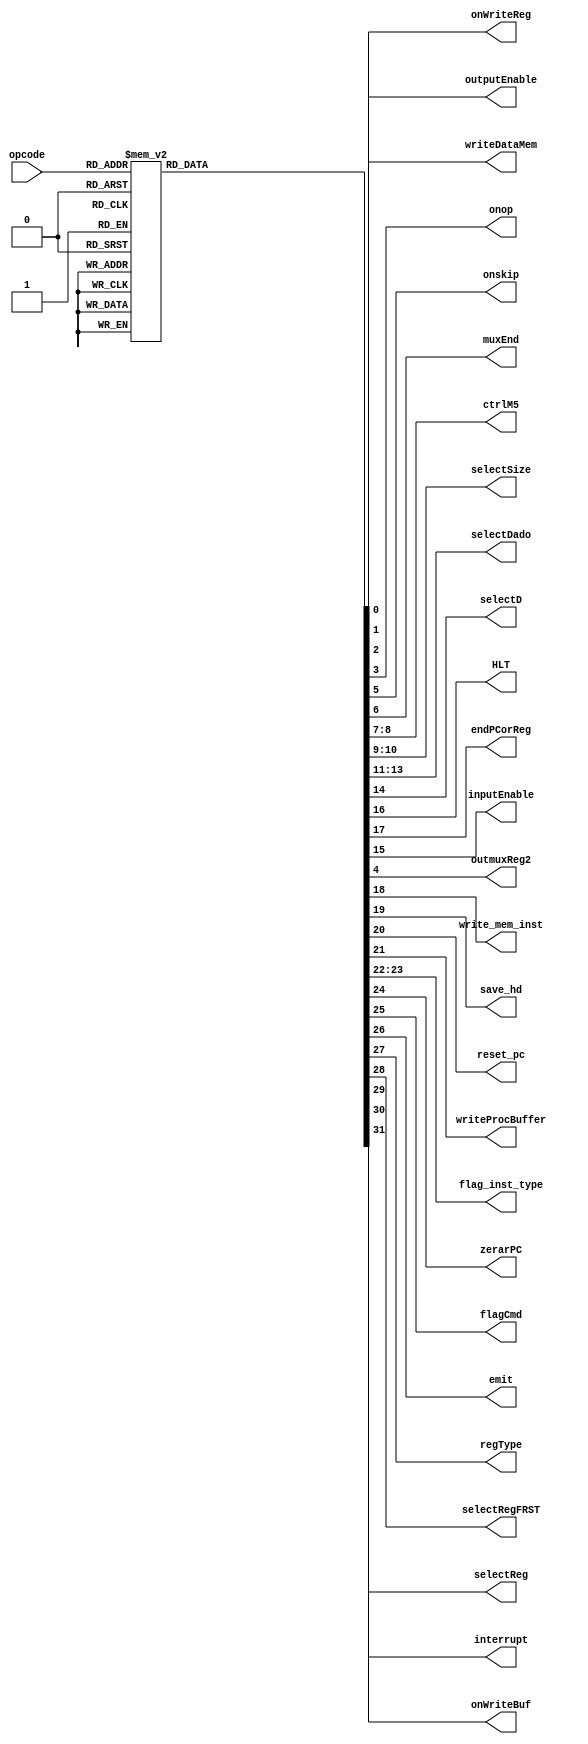
module UC (opcode, onWriteReg,  writeDataMem, outputEnable, onop, onskip, muxEnd,
ctrlM5, selectSize, selectDado, selectD, HLT, endPCorReg, inputEnable, outmuxReg2,write_mem_inst, save_hd,
reset_pc, writeProcBuffer, flag_inst_type, zerarPC, flagCmd, emit, regType, selectRegFRST, selectReg, onWriteBuf, interrupt);
input [5:0] opcode;
output reg onWriteReg, writeDataMem, outputEnable, onop, onskip, muxEnd, outmuxReg2;
output reg [1:0] ctrlM5, selectSize;
output reg [2:0] selectDado;
output reg selectD, HLT, endPCorReg, inputEnable, write_mem_inst,save_hd, reset_pc, writeProcBuffer ;
output reg [1:0] flag_inst_type;
output reg zerarPC, onWriteBuf; //zerar um pc auxiliar - quantum
output reg flagCmd, emit, regType, selectRegFRST, selectReg, interrupt;

parameter adc = 6'b0, sub = 6'b1, adci = 6'b10, subi = 6'b00011, storePage = 6'b100, loadPage = 6'b101, countPC = 6'b110,
lowo = 6'b00111, stwo = 6'b01000, loi = 6'b1001, mov = 6'b01010, insereInst = 6'b01011, sril = 6'b1100, jump = 6'b1101,
jmpr = 6'b01110, saveProc = 6'b01111, bneq = 6'b10000, blz = 6'b10001, slet = 6'b10010, sgrt = 6'b10011, in = 6'b10100,
out = 6'b10101, nop = 6'b10110, hlt = 6'b10111, mult = 6'b11000, multi = 6'b11001, jal = 6'b11010, div = 6'b11011,
copy = 6'b11100, storeRegister = 6'b011110 , loadRegister = 6'b011101, reset = 6'b11111, inCMD = 6'b100000, emitCMD = 6'b100001,
loi6bits = 6'b100010, savePC = 6'b100011, saveadd_buffer = 6'b100100, renameProg = 6'b100101, troca_contexto = 6'b100110, 
renameProgReg = 6'b100111, interrupCPC  = 6'b101000;

always @ (opcode) begin
	case (opcode)
		adc: begin
			onWriteReg = 1;
			writeDataMem = 0;
			outputEnable = 0;
			onop = 1;
			outmuxReg2 = 0;
			onskip = 0;
			muxEnd = 1;
			ctrlM5 = 2'b10;
			selectSize = 2'bx;
			selectDado = 0;
			selectD = 0;
			inputEnable = 0;
			HLT = 0;
			endPCorReg = 0;
			write_mem_inst= 0;
			save_hd = 0;
			reset_pc = 0;
			writeProcBuffer = 0;
			flag_inst_type = 2'b11;
			zerarPC = 0;
			flagCmd = 0;
			emit = 0;
			regType = 0;
			selectRegFRST = 0;
			selectReg = 0;
			onWriteBuf = 0;
			interrupt = 0;
		end
		sub:  begin
			onWriteReg = 1;
			writeDataMem = 0;
			outputEnable = 0;
			outmuxReg2 = 0;
			onop = 1;
			onskip = 0;
			muxEnd = 1;
			ctrlM5 = 2'b10;
			selectSize = 2'bx;
			selectDado = 0;
			inputEnable = 0;
			selectD = 0;
			HLT = 0;
			endPCorReg = 0;
			write_mem_inst= 0;
			save_hd = 0;
			reset_pc = 0;
			writeProcBuffer = 0;
			flag_inst_type = 2'b11;
			zerarPC = 0;
			flagCmd = 0;
			emit = 0;
			regType = 0;
			selectRegFRST = 0;
			selectReg = 0;
			onWriteBuf = 0;
			interrupt = 0;
			
		end
		adci:  begin
			onWriteReg = 1;
			writeDataMem = 0;
			outputEnable = 0;
			onop = 1;
			onskip = 0;
			outmuxReg2 = 0;
			muxEnd = 1;
			inputEnable = 0;
			ctrlM5 = 2'b01;
			selectSize = 2'b0;
			selectDado = 0;
			selectD = 1;
			HLT = 0;
			endPCorReg = 0;
			write_mem_inst= 0;
			save_hd = 0;
			reset_pc = 0;
			writeProcBuffer = 0;
			flag_inst_type = 2'b11;
			zerarPC = 0;
			flagCmd = 0;
			emit = 0;
			regType = 0;
			selectRegFRST = 0;
			selectReg = 0;
			onWriteBuf = 0;
			interrupt = 0;
		end
		subi:
		begin
			onWriteReg = 1;
			writeDataMem = 0;
			inputEnable = 0;
			outputEnable = 0;
			onop = 1;
			outmuxReg2 = 0;
			onskip = 0;
			muxEnd = 1;
			ctrlM5 = 2'b01;
			selectSize = 2'b0;
			selectDado = 0;
			selectD = 1;
			HLT = 0;
			endPCorReg = 0;
			write_mem_inst= 0;
			save_hd = 0;
			reset_pc = 0;
			writeProcBuffer = 0;
			flag_inst_type = 2'b11;
			zerarPC = 0;
			flagCmd = 0;
			emit = 0;
			regType = 0;
			selectRegFRST = 0;
			selectReg = 0;
			onWriteBuf = 0;
			interrupt = 0;
		end
		storePage: begin
			onWriteReg = 1;
			writeDataMem = 0;
			outputEnable = 0;
			onop = 1;
			onskip = 0;
			outmuxReg2 = 0;
			muxEnd = 1;
			ctrlM5 = 2'b10;
			inputEnable = 0;
			selectSize = 2'bx;
			selectDado = 0;
			selectD = 0;	
			writeProcBuffer = 0;
			HLT = 0;
			endPCorReg = 0;
			write_mem_inst= 0;
			save_hd = 0;
			reset_pc = 0;
			writeProcBuffer = 0;
			flag_inst_type = 2'b11;
			zerarPC = 0;
			flagCmd = 0;
			emit = 0;
			regType = 0;
			selectRegFRST = 0;
			selectReg = 0;
			onWriteBuf = 0;
			interrupt = 0;
		end
		loadPage:  begin
			onWriteReg = 1;
			writeDataMem = 0;
			outputEnable = 0;
			onop = 1;
			onskip = 0;
			inputEnable = 0;
			outmuxReg2 = 0;
			muxEnd = 1;
			ctrlM5 = 2'b10;
			selectSize = 2'bx;
			selectDado = 0;
			selectD = 0;
			HLT = 0;
			endPCorReg = 0;
			write_mem_inst= 0;
			save_hd = 0;
			reset_pc = 0;
			writeProcBuffer = 0;
			flag_inst_type = 2'b10;
			zerarPC = 0;
			flagCmd = 0;
			emit = 0;
			regType = 0;
			selectRegFRST = 0;
			selectReg = 0;		
		   onWriteBuf = 0;	
			interrupt = 0;
		end
	countPC: begin //na troca de contexto, lanar instrucao de countPC e fazer jr
			onWriteReg = 0;
			writeDataMem = 0;
			outputEnable = 0;
			onop = 0;
			outmuxReg2 = 0;
			onskip = 0;
			muxEnd = 1;
			ctrlM5 = 2'b01;
			selectSize = 2'bx;
			inputEnable = 0;
			selectDado = 0;
			selectD = 1'bx;
			HLT = 0;
			endPCorReg = 0;
			write_mem_inst= 0;
			save_hd = 0;
			reset_pc = 0;
			writeProcBuffer = 0;
			flag_inst_type = 2'b11;
			zerarPC = 1;
			flagCmd = 0;
			emit = 0;
			regType = 0;
			selectRegFRST = 0;
			selectReg = 0;	
			onWriteBuf = 0;
			interrupt = 0;
		end
		
	lowo: begin
			writeProcBuffer = 0;
			onWriteReg = 1;
			writeDataMem = 0;
			outputEnable = 0;
			onop = 1;
			onskip = 0;
			inputEnable = 0;
			outmuxReg2 = 1;
			muxEnd = 1;
			ctrlM5 = 2'b10;
			selectSize = 2'b0;
			selectDado = 3'b10;
			selectD = 0;
			HLT = 0;
			endPCorReg = 0;
			write_mem_inst= 0;
			save_hd = 0;
			reset_pc = 0;
			writeProcBuffer = 0;
			flag_inst_type = 2'b11;
			zerarPC = 0;
			flagCmd = 0;
			emit = 0;
			regType = 0;
			selectRegFRST = 0;
			selectReg = 0;	
			onWriteBuf = 0;
			interrupt = 0;
		end
		stwo: begin
			onWriteReg = 0;
			writeDataMem = 1;
			outputEnable = 0;
			onop = 1;
			onskip = 0;
			outmuxReg2 = 1;
			inputEnable = 0;
			muxEnd = 1;
			ctrlM5 = 2'bx;
			selectSize = 2'b0;
			selectDado = 2'bx;
			selectD = 0;
			HLT = 0;
			endPCorReg = 0;
			write_mem_inst= 0;
			save_hd = 0;
			reset_pc = 0;
			writeProcBuffer = 0;
			flag_inst_type = 2'b11;
			zerarPC = 0;
			flagCmd = 0;
			emit = 0;
			regType = 0;
			selectRegFRST = 0;
			selectReg = 0;	
			onWriteBuf = 0;
			interrupt = 0;
		end
		loi: begin
			onWriteReg = 1;
			writeDataMem = 0;
			outputEnable = 0;
			onop = 0;
			onskip = 0;
			outmuxReg2 = 0;
			inputEnable = 0;
			muxEnd = 1;
			ctrlM5 = 0;
			selectSize = 2'b01;
			selectDado = 3'b11;
			selectD = 1'bx;
			HLT = 0;
			endPCorReg = 0;
			write_mem_inst= 0;
			save_hd = 0;
			reset_pc = 0;
			writeProcBuffer = 0;
			flag_inst_type = 2'b11;
			zerarPC = 0;
			flagCmd = 0;
			emit = 0;
			regType = 0;
			selectRegFRST = 0;
			selectReg = 0;	
			onWriteBuf = 0;
			interrupt = 0;
		end
		mov: begin
			onWriteReg = 1;
			writeDataMem = 0;
			outputEnable = 0;
			outmuxReg2 = 0;
			onop = 0;
			onskip = 0;
			muxEnd = 1;
			inputEnable = 0;
			ctrlM5 = 2'b01;
			selectSize = 2'bx;
			selectDado = 3'b01;
			selectD = 1'bx;
			HLT = 0;
			endPCorReg = 0;
			write_mem_inst= 0;
			save_hd = 0;
			reset_pc = 0;
			writeProcBuffer = 0;
			flag_inst_type = 2'b11;
			zerarPC = 0;
			flagCmd = 0;
			emit = 0;
			regType = 0;
			selectRegFRST = 0;
			selectReg = 0;	
			onWriteBuf = 0;
			interrupt = 0;
		end
		insereInst: begin
			onWriteReg = 1;
			writeDataMem = 0;
			outputEnable = 0;
			onop = 1;
			onskip = 0;
			outmuxReg2 = 0;
			muxEnd = 1;
			ctrlM5 = 2'b01;
			inputEnable = 0;
			selectSize = 2'b0;
			selectDado = 0;
			selectD = 1;
			HLT = 0;
			endPCorReg = 0;
			write_mem_inst= 0;
			save_hd = 0;
			reset_pc = 0;
			writeProcBuffer = 0;
			flag_inst_type = 2'b11;
			zerarPC = 0;
			flagCmd = 0;
			emit = 0;
			regType = 0;
			selectRegFRST = 0;
			selectReg = 0;	
			onWriteBuf = 0;
			interrupt = 0;
		end
		sril: begin
			onWriteReg = 1;
			writeDataMem = 0;
			outputEnable = 0;
			onop = 1;
			onskip = 0;
			muxEnd = 1;
			inputEnable = 0;
			outmuxReg2 = 0;
			ctrlM5 = 1;
			selectSize = 2'b0;
			selectDado = 0;
			selectD = 1;
			HLT = 0;
			endPCorReg = 0;
			write_mem_inst= 0;
			save_hd = 0;
			reset_pc = 0;
			writeProcBuffer = 0;
			flag_inst_type = 2'b11;
			zerarPC = 0;
			flagCmd = 0;
			emit = 0;
			regType = 0;
			selectRegFRST = 0;
			selectReg = 0;	
			onWriteBuf = 0;
			interrupt = 0;
		end
		jump: begin
			onWriteReg = 0;
			writeDataMem = 0;
			outputEnable = 0;
			outmuxReg2 = 0;
			inputEnable = 0;
			onop = 0;
			onskip = 1;
			muxEnd = 0;
			ctrlM5 = 2'bx;
			selectSize = 2'bx;
			selectDado = 3'bx;
			selectD = 1'bx;
			HLT = 0;
			endPCorReg = 0;
			write_mem_inst= 0;
			save_hd = 0;
			reset_pc = 0;
			writeProcBuffer = 0;
			flag_inst_type = 2'b11;
			zerarPC = 0;
			flagCmd = 0;
			emit = 0;
			regType = 0;
			selectRegFRST = 0;
			selectReg = 0;	
			onWriteBuf = 0;
			interrupt = 0;
		end
		jmpr: begin
			onWriteReg = 0;
			writeDataMem = 0;
			outputEnable = 0;
			onop = 0;
			onskip = 1;
			muxEnd = 0;
			outmuxReg2 = 0;
			ctrlM5 = 0;
			selectSize = 0;
			selectDado = 0;
			selectD = 0;
			inputEnable = 0;
			HLT = 0;
			endPCorReg = 1;
			write_mem_inst= 0;
			save_hd = 0;
			reset_pc = 0;
			writeProcBuffer = 0;
			flag_inst_type = 2'b11;
			zerarPC = 0;
			flagCmd = 0;
			emit = 0;
			regType = 0;
			selectRegFRST = 0;
			selectReg = 0;	
			onWriteBuf = 0;
			interrupt = 0;
		end
		saveProc: begin
			onWriteReg = 0;
			writeDataMem = 0;
			outputEnable = 0;
			onop = 0;
			outmuxReg2 = 0;
			onskip = 0;
			muxEnd = 0;
			ctrlM5 = 2'bx;
			inputEnable = 0;
			selectSize = 2'bx;
			selectDado = 2'bx;
			selectD = 0;
			HLT = 0;
			endPCorReg = 0;
			write_mem_inst= 0;
			save_hd = 0;
			reset_pc = 0;
			writeProcBuffer = 1;
			flag_inst_type = 2'b11;
			zerarPC = 0;
			flagCmd = 0;
			emit = 0;
			regType = 0;
			selectRegFRST = 0;
			selectReg = 0;	
			onWriteBuf = 0;
			interrupt = 0;
		end
		bneq: begin
			onWriteReg = 0;
			writeDataMem = 0;
			outputEnable = 0;
			outmuxReg2 = 0;
			onop = 1;
			onskip = 1;
			muxEnd = 0;
			ctrlM5 = 2'bx;
			inputEnable = 0;
			selectSize = 2'bx;
			selectDado = 2'bx;
			selectD = 0;
			HLT = 0;
			endPCorReg = 0;
			write_mem_inst= 0;
			save_hd = 0;
			reset_pc = 0;
			writeProcBuffer = 0;
			flag_inst_type = 2'b11;
			zerarPC = 0;
			flagCmd = 0;
			emit = 0;
			regType = 0;
			selectRegFRST = 0;
			selectReg = 0;	
			onWriteBuf = 0;
			interrupt = 0;
		end
		blz: begin
			onWriteReg = 0;
			writeDataMem = 0;
			outputEnable = 0;
			onop = 1;
			outmuxReg2 = 0;
			inputEnable = 0;
			onskip = 1;
			muxEnd = 0;
			ctrlM5 = 2'bx;
			selectSize = 2'bx;
			selectDado = 2'bx;
			selectD = 1'bx;
			HLT = 0;
			endPCorReg = 0;
			write_mem_inst= 0;
			save_hd = 0;
			reset_pc = 0;
			writeProcBuffer = 0;
			flag_inst_type = 2'b11;
			zerarPC = 0;
			flagCmd = 0;
			emit = 0;
			regType = 0;
			selectRegFRST = 0;
			selectReg = 0;	
			onWriteBuf = 0;
			interrupt = 0;
		end
		slet: begin
			onWriteReg = 1;
			writeDataMem = 0;
			outputEnable = 0;
			onop = 1;
			inputEnable = 0;
			outmuxReg2 = 0;
			onskip = 0;
			muxEnd = 1;
			ctrlM5 = 2'b10;
			selectSize = 2'bx;
			selectDado = 0;
			selectD = 0;
			HLT = 0;
			endPCorReg = 0;
			write_mem_inst= 0;
			save_hd = 0;
			reset_pc = 0;
			writeProcBuffer = 0;
			flag_inst_type = 2'b11;
			zerarPC = 0;
			flagCmd = 0;
			emit = 0;
			regType = 0;
			selectRegFRST = 0;
			selectReg = 0;	
			onWriteBuf = 0;
			interrupt = 0;
		end
		sgrt: begin
			onWriteReg = 1;
			writeDataMem = 0;
			outputEnable = 0;
			onop = 1;
			inputEnable = 0;
			onskip = 0;
			outmuxReg2 = 0;
			muxEnd = 1;
			ctrlM5 = 2'b10;
			selectSize = 2'bx;
			selectDado = 0;
			selectD = 0;
			HLT = 0;
			endPCorReg = 0;
			write_mem_inst= 0;
			save_hd = 0;
			reset_pc = 0;
			writeProcBuffer = 0;
			flag_inst_type = 2'b11;
			zerarPC = 0;
			flagCmd = 0;
			emit = 0;
			regType = 0;
			selectRegFRST = 0;
			selectReg = 0;	
			onWriteBuf = 0;
			interrupt = 0;
		end
		in: begin
			onWriteReg = 1;
			writeDataMem = 0;
			outputEnable = 0;
			inputEnable = 1;
			onop = 0;
			onskip = 0;
			muxEnd = 1;
			outmuxReg2 = 0;
			ctrlM5 = 2'b0;
			selectSize = 2'b11;
			selectDado = 3'b11;
			selectD = 1;
			HLT = 1;
			endPCorReg = 0;
			write_mem_inst= 0;
			save_hd = 0;
			reset_pc = 0;
			writeProcBuffer = 0;
			flag_inst_type = 2'b11;
			zerarPC = 0;
			flagCmd = 0;
			emit = 0;
			regType = 0;
			selectRegFRST = 0;
			selectReg = 0;	
			onWriteBuf = 0;
			interrupt = 0;
		end
		out: begin
			onWriteReg = 0;
			writeDataMem = 0;
			outputEnable = 1;
			outmuxReg2 = 0;
			onop = 0;
			onskip = 0;
			muxEnd = 1;
			ctrlM5 = 2'bx;
			selectSize = 2'bx;
			inputEnable = 0;
			selectDado = 3'bx;
			selectD = 1'bx;
			HLT = 1;
			endPCorReg = 0;
			write_mem_inst= 0;
			save_hd = 0;
			reset_pc = 0;
			writeProcBuffer = 0;
			flag_inst_type = 2'b11;
			zerarPC = 0;
			flagCmd = 0;
			emit = 0;
			regType = 0;
			selectRegFRST = 0;
			selectReg = 0;	
			onWriteBuf = 0;
			interrupt = 0;
		end
		nop:
		begin
			onWriteReg = 0;
			writeDataMem = 0;
			inputEnable = 0;
			outmuxReg2 = 0;
			outputEnable = 0;
			onop = 0;
			onskip = 0;
			muxEnd = 1;
			ctrlM5 = 0;
			selectSize = 2'b0;
			selectDado = 0;
			selectD = 0;
			HLT = 0;
			endPCorReg = 0;
			write_mem_inst= 0;
			save_hd = 0;
			reset_pc = 0;
			writeProcBuffer = 0;
			flag_inst_type = 2'b11;
			zerarPC = 0;
			flagCmd = 0;
			emit = 0;
			regType = 0;
			selectRegFRST = 0;
			selectReg = 0;	
			onWriteBuf = 0;
			interrupt = 0;
		end
		hlt: begin
			onWriteReg = 0;
			writeDataMem = 0;
			outputEnable = 0;
			onop = 0;
			outmuxReg2 = 0;
			onskip = 0;
			muxEnd = 1;
			inputEnable = 0;
			ctrlM5 = 2'bx;
			selectSize = 2'bx;
			selectDado = 2'bx;
			selectD = 1'bx;
			HLT = 1;
			endPCorReg = 0;
			write_mem_inst= 0;
			save_hd = 0;
			reset_pc = 0;
			writeProcBuffer = 0;
			flag_inst_type = 2'b11;
			zerarPC = 0;
			flagCmd = 0;
			emit = 0;
			regType = 0;
			selectRegFRST = 0;
			selectReg = 0;	
			onWriteBuf = 0;
			interrupt = 0;
		end
		mult: begin
			onWriteReg = 1;
			writeDataMem = 0;
			outputEnable = 0;
			onop = 1;
			onskip = 0;
			muxEnd = 1;
			outmuxReg2 = 0;
			ctrlM5 = 2'b10;
			selectSize = 2'bx;
			inputEnable = 0;
			selectDado = 0;
			selectD = 0;
			HLT = 0;
			endPCorReg = 0;
			write_mem_inst= 0;
			save_hd = 0;
			reset_pc = 0;
			writeProcBuffer = 0;
			flag_inst_type = 2'b11;
			zerarPC = 0;
			flagCmd = 0;
			emit = 0;
			regType = 0;
			selectRegFRST = 0;
			selectReg = 0;	
			onWriteBuf = 0;
			interrupt = 0;
		end
			multi: begin
			onWriteReg = 1;
			writeDataMem = 0;
			inputEnable = 0;
			outputEnable = 0;
			onop = 1;
			onskip = 0;
			muxEnd = 1;
			ctrlM5 = 2'b01;
			outmuxReg2 = 0;
			selectSize = 2'b0;
			selectDado = 0;
			selectD = 1;
			HLT = 0;
			endPCorReg = 0;
			write_mem_inst= 0;
			save_hd = 0;
			reset_pc = 0;
			writeProcBuffer = 0;
			flag_inst_type = 3'b11;
			zerarPC = 0;
			flagCmd = 0;
			emit = 0;
			regType = 0;
			selectRegFRST = 0;
			selectReg = 0;	
			onWriteBuf = 0;
			interrupt = 0;
			end

			jal: begin
			onWriteReg = 1;
			writeDataMem = 0;
			outputEnable = 0;
			onop = 0;
			onskip = 1;
			muxEnd = 0;
			ctrlM5 = 2'b00;
			selectSize = 2'b10;
			outmuxReg2 = 0;
			inputEnable = 0;
			selectDado = 3'b11;
			selectD = 1'bx;
			HLT = 0;
			endPCorReg = 0;
			write_mem_inst= 0;
			save_hd = 0;
			reset_pc = 0;
			writeProcBuffer = 0;
			flag_inst_type = 2'b11;
			zerarPC = 0;
			flagCmd = 0;
			emit = 0;
			regType = 0;
			selectRegFRST = 0;
			selectReg = 0;	
			onWriteBuf = 0;
			interrupt = 0;
		end

		div: begin
			onWriteReg = 1;
			writeDataMem = 0;
			outputEnable = 0;
			onop = 1;
			onskip = 0;
			muxEnd = 1;
			outmuxReg2 = 0;
			ctrlM5 = 2'b10;
			selectSize = 2'bx;
			inputEnable = 0;
			selectDado = 0;
			selectD = 0;
			HLT = 0;
			endPCorReg = 0;
			write_mem_inst= 0;
			save_hd = 0;
			reset_pc = 0;
			writeProcBuffer = 0;
			flag_inst_type = 2'b11;
			zerarPC = 0;
			flagCmd = 0;
			emit = 0;
			regType = 0;
			selectRegFRST = 0;
			selectReg = 0;	
			onWriteBuf = 0;
			interrupt = 0;
		end

		copy: begin
			onWriteReg = 0;
			writeDataMem = 0;
			outputEnable = 0;
			onop = 0;
			onskip = 0;
			muxEnd = 1;
			outmuxReg2 = 0;
			ctrlM5 = 2'b10;
			selectSize = 2'bx;
			inputEnable = 0;
			selectDado = 0;
			selectD = 0;
			HLT = 0;
			endPCorReg = 0;
			write_mem_inst= 1;
			save_hd = 0;
			reset_pc = 0;
			writeProcBuffer = 0;
			flag_inst_type = 2'b0;
			zerarPC = 0;
			flagCmd = 0;
			emit = 0;
			regType = 0;
			selectRegFRST = 0;
			selectReg = 0;	
			onWriteBuf = 0;
			interrupt = 0;
		end

		storeRegister: begin
			onWriteReg = 0;
			writeDataMem = 0;
			outputEnable = 0;
			onop = 0;
			onskip = 0;
			muxEnd = 1;
			outmuxReg2 = 0;
			ctrlM5 = 2'b10;
			selectSize = 2'bx;
			inputEnable = 0;
			selectDado = 0;
			selectD = 0;
			HLT = 0;
			endPCorReg = 0;
			write_mem_inst= 0;
			save_hd = 1;
			reset_pc = 0;
			writeProcBuffer = 0;
			flag_inst_type = 2'b1;
			zerarPC = 0;
			flagCmd = 0;
			emit = 0;
			regType = 0;
			selectRegFRST = 1;
			selectReg = 0;	
			onWriteBuf = 0;
			interrupt = 0;
		end
		
		loadRegister: begin
			onWriteReg = 1;
			writeDataMem = 0;
			outputEnable = 0;
			onop = 0;
			onskip = 0;
			muxEnd = 1;
			outmuxReg2 = 0;
			ctrlM5 = 2'b11;
			selectSize = 2'bx;
			inputEnable = 0;
			selectDado = 3'b100;
			selectD = 0;
			HLT = 0;
			endPCorReg = 0;
			write_mem_inst= 0;
			save_hd = 0;
			reset_pc = 0;
			writeProcBuffer = 0;
			flag_inst_type = 2'b1;
			zerarPC = 0;
			flagCmd = 0;
			emit = 0;
			regType = 0;
			selectRegFRST = 1;
			selectReg = 0;	
			onWriteBuf = 0;
			interrupt = 0;
		end
		
		reset: begin
			onWriteReg = 0;
			writeDataMem = 0;
			outputEnable = 0;
			onop = 0;
			onskip = 0;
			muxEnd = 1;
			outmuxReg2 = 0;
			ctrlM5 = 2'b10;
			selectSize = 2'bx;
			inputEnable = 0;
			selectDado = 0;
			selectD = 0;
			HLT = 0;
			endPCorReg = 0;
			write_mem_inst= 0;
			save_hd = 0;
			reset_pc = 1;
			writeProcBuffer = 0;
			flag_inst_type = 2'b11;
			zerarPC = 0;
			flagCmd = 0;
			emit = 0;
			regType = 0;
			selectRegFRST = 0;
			selectReg = 0;	
			onWriteBuf = 0;
			interrupt = 0;
		end
		inCMD: begin
			onWriteReg = 1;
			writeDataMem = 0;
			outputEnable = 0;
			onop = 0;
			onskip = 0;
			muxEnd = 1;
			outmuxReg2 = 0;
			ctrlM5 = 2'b10;
			selectSize = 2'b11;
			inputEnable = 1;
			selectDado = 3'b11;
			selectD = 1;
			HLT = 1;
			endPCorReg = 0;
			write_mem_inst= 0;
			save_hd = 0;
			reset_pc = 0;
			writeProcBuffer = 0;
			flag_inst_type = 2'b11;
			zerarPC = 0;
			flagCmd = 1;
			emit = 0;
			regType = 0;
			selectRegFRST = 0;
			selectReg = 0;	
			onWriteBuf = 0;
			interrupt = 0;
		end
		emitCMD: begin
			onWriteReg = 0;
			writeDataMem = 0;
			outputEnable = 0;
			onop = 0;
			onskip = 0;
			muxEnd = 1;
			outmuxReg2 = 0;
			ctrlM5 = 2'b10;
			selectSize = 2'bx;
			inputEnable = 0;
			selectDado = 0;
			selectD = 0;
			HLT = 0;
			endPCorReg = 0;
			write_mem_inst= 0;
			save_hd = 0;
			reset_pc = 0;
			writeProcBuffer = 0;
			flag_inst_type = 2'b11;
			zerarPC = 0;
			flagCmd = 0;
			emit = 1;
			regType = 0;
			selectRegFRST = 0;
			selectReg = 0;	
			onWriteBuf = 0;
			interrupt = 0;
		end
		
		loi6bits: begin
			onWriteReg = 1;
			writeDataMem = 0;
			outputEnable = 0;
			onop = 0;
			onskip = 0;
			outmuxReg2 = 0;
			inputEnable = 0;
			muxEnd = 1;
			ctrlM5 = 0;
			selectSize = 2'b0;
			selectDado = 3'b11;
			selectD = 1'bx;
			HLT = 0;
			endPCorReg = 0;
			write_mem_inst= 0;
			save_hd = 0;
			reset_pc = 0;
			writeProcBuffer = 0;
			flag_inst_type = 2'b11;
			zerarPC = 0;
			flagCmd = 1;
			emit = 0;
			regType = 1;
			selectRegFRST = 0;
			selectReg = 0;	
			onWriteBuf = 0;
			interrupt = 0;
		end
		
		renameProgReg: begin
			onWriteReg = 0;
			writeDataMem = 0;
			outputEnable = 0;
			onop = 0;
			onskip = 0;
			outmuxReg2 = 0;
			inputEnable = 0;
			muxEnd = 1;
			ctrlM5 = 0;
			selectSize = 2'b0;
			selectDado = 3'b11;
			selectD = 1'bx;
			HLT = 0;
			endPCorReg = 0;
			write_mem_inst= 0;
			save_hd = 0;
			reset_pc = 0;
			writeProcBuffer = 0;
			flag_inst_type = 2'b11;
			zerarPC = 0;
			flagCmd = 0;
			emit = 0;
			regType = 0;
			selectRegFRST = 0;
			selectReg = 0;	
			onWriteBuf = 1;
			interrupt = 0;
		end 
		
		troca_contexto: begin
			onWriteReg = 1;
			writeDataMem = 0;
			outputEnable = 0;
			onop = 0;
			onskip = 0;
			outmuxReg2 = 0;
			inputEnable = 0;
			muxEnd = 1;
			ctrlM5 = 2'b1;
			selectSize = 2'b0;
			selectDado = 3'b101;
			selectD = 1'bx;
			HLT = 0;
			endPCorReg = 0;
			write_mem_inst= 0;
			save_hd = 0;
			reset_pc = 0;
			writeProcBuffer = 0;
			flag_inst_type = 2'b11;
			zerarPC = 0;
			flagCmd = 0;
			emit = 0;
			regType = 0;
			selectRegFRST = 0;
			selectReg = 0;	
			onWriteBuf = 0;
			interrupt = 0;
			
		end 
		
		interrupCPC: begin
			onWriteReg = 0;
			writeDataMem = 0;
			outputEnable = 0;
			onop = 0;
			onskip = 0;
			outmuxReg2 = 0;
			inputEnable = 0;
			muxEnd = 1;
			ctrlM5 = 2'b1;
			selectSize = 2'b0;
			selectDado = 3'b101;
			selectD = 1'bx;
			HLT = 0;
			endPCorReg = 0;
			write_mem_inst= 0;
			save_hd = 0;
			reset_pc = 0;
			writeProcBuffer = 0;
			flag_inst_type = 2'b11;
			zerarPC = 0;
			flagCmd = 0;
			emit = 0;
			regType = 0;
			selectRegFRST = 0;
			selectReg = 0;	
			onWriteBuf = 0;
			interrupt = 1;
			
		end 
		


		default: begin
			onWriteReg = 0;
			writeDataMem = 0;
			outputEnable = 0;
			onop = 0;
			onskip = 0;
			muxEnd = 1;
			outmuxReg2 = 0;
			ctrlM5 = 2'b10;
			selectSize = 2'bx;
			inputEnable = 0;
			selectDado = 0;
			selectD = 0;
			HLT = 0;
			endPCorReg = 0;
			write_mem_inst= 0;
			save_hd = 0;
			reset_pc = 0;
			writeProcBuffer = 0;
			flag_inst_type = 2'b11;
			zerarPC = 0;
			flagCmd = 0;
			emit = 0;
			regType = 0;
			selectRegFRST = 0;
			selectReg = 0;	
			onWriteBuf = 0;
			interrupt = 0;
		end
		
	
	endcase
end

endmodule